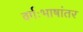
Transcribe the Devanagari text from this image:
वर्गःभाषांतर